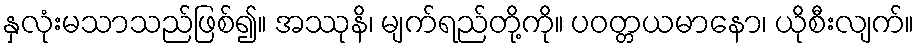
နှလုံးမသာသည်ဖြစ်၍။ အဿုနိ၊ မျက်ရည်တို့ကို။ ပဝတ္တယမာနော၊ ယိုစီးလျက်။